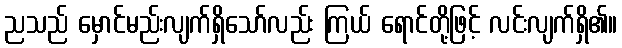
ညသည် မှောင်မည်းလျက်ရှိသော်လည်း ကြယ် ရောင်တို့ဖြင့် လင်းလျက်ရှိ၏။